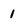
Character: 1